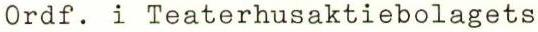
Ordf. i Teaterhusaktiebolagets